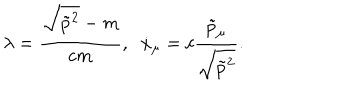
\lambda = \frac { \sqrt { \tilde { p } ^ { 2 } } - m } { c m } , \; \; \dot { x } _ { \mu } = c \frac { \tilde { p } _ { \mu } } { \sqrt { \tilde { p } ^ { 2 } } } { . }